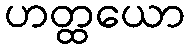
ဟတ္ထယော